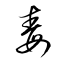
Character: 毒